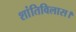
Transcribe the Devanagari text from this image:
शांतिविलास।